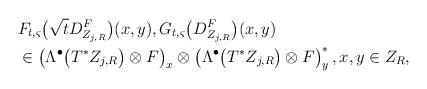
LaTeX: \begin{align*}& F_{t,\varsigma}\big(\sqrt{t}D^F_{Z_{j,R}}\big)(x,y), G_{t,\varsigma}\big(D^F_{Z_{j,R}}\big)(x,y) \\& \in\left(\Lambda^\bullet\big(T^*Z_{j,R}\big) \otimes F\right)_x \otimes\left(\Lambda^\bullet\big(T^* Z_{j,R}\big) \otimes F\right)^*_y, x,y\in Z_R,\end{align*}